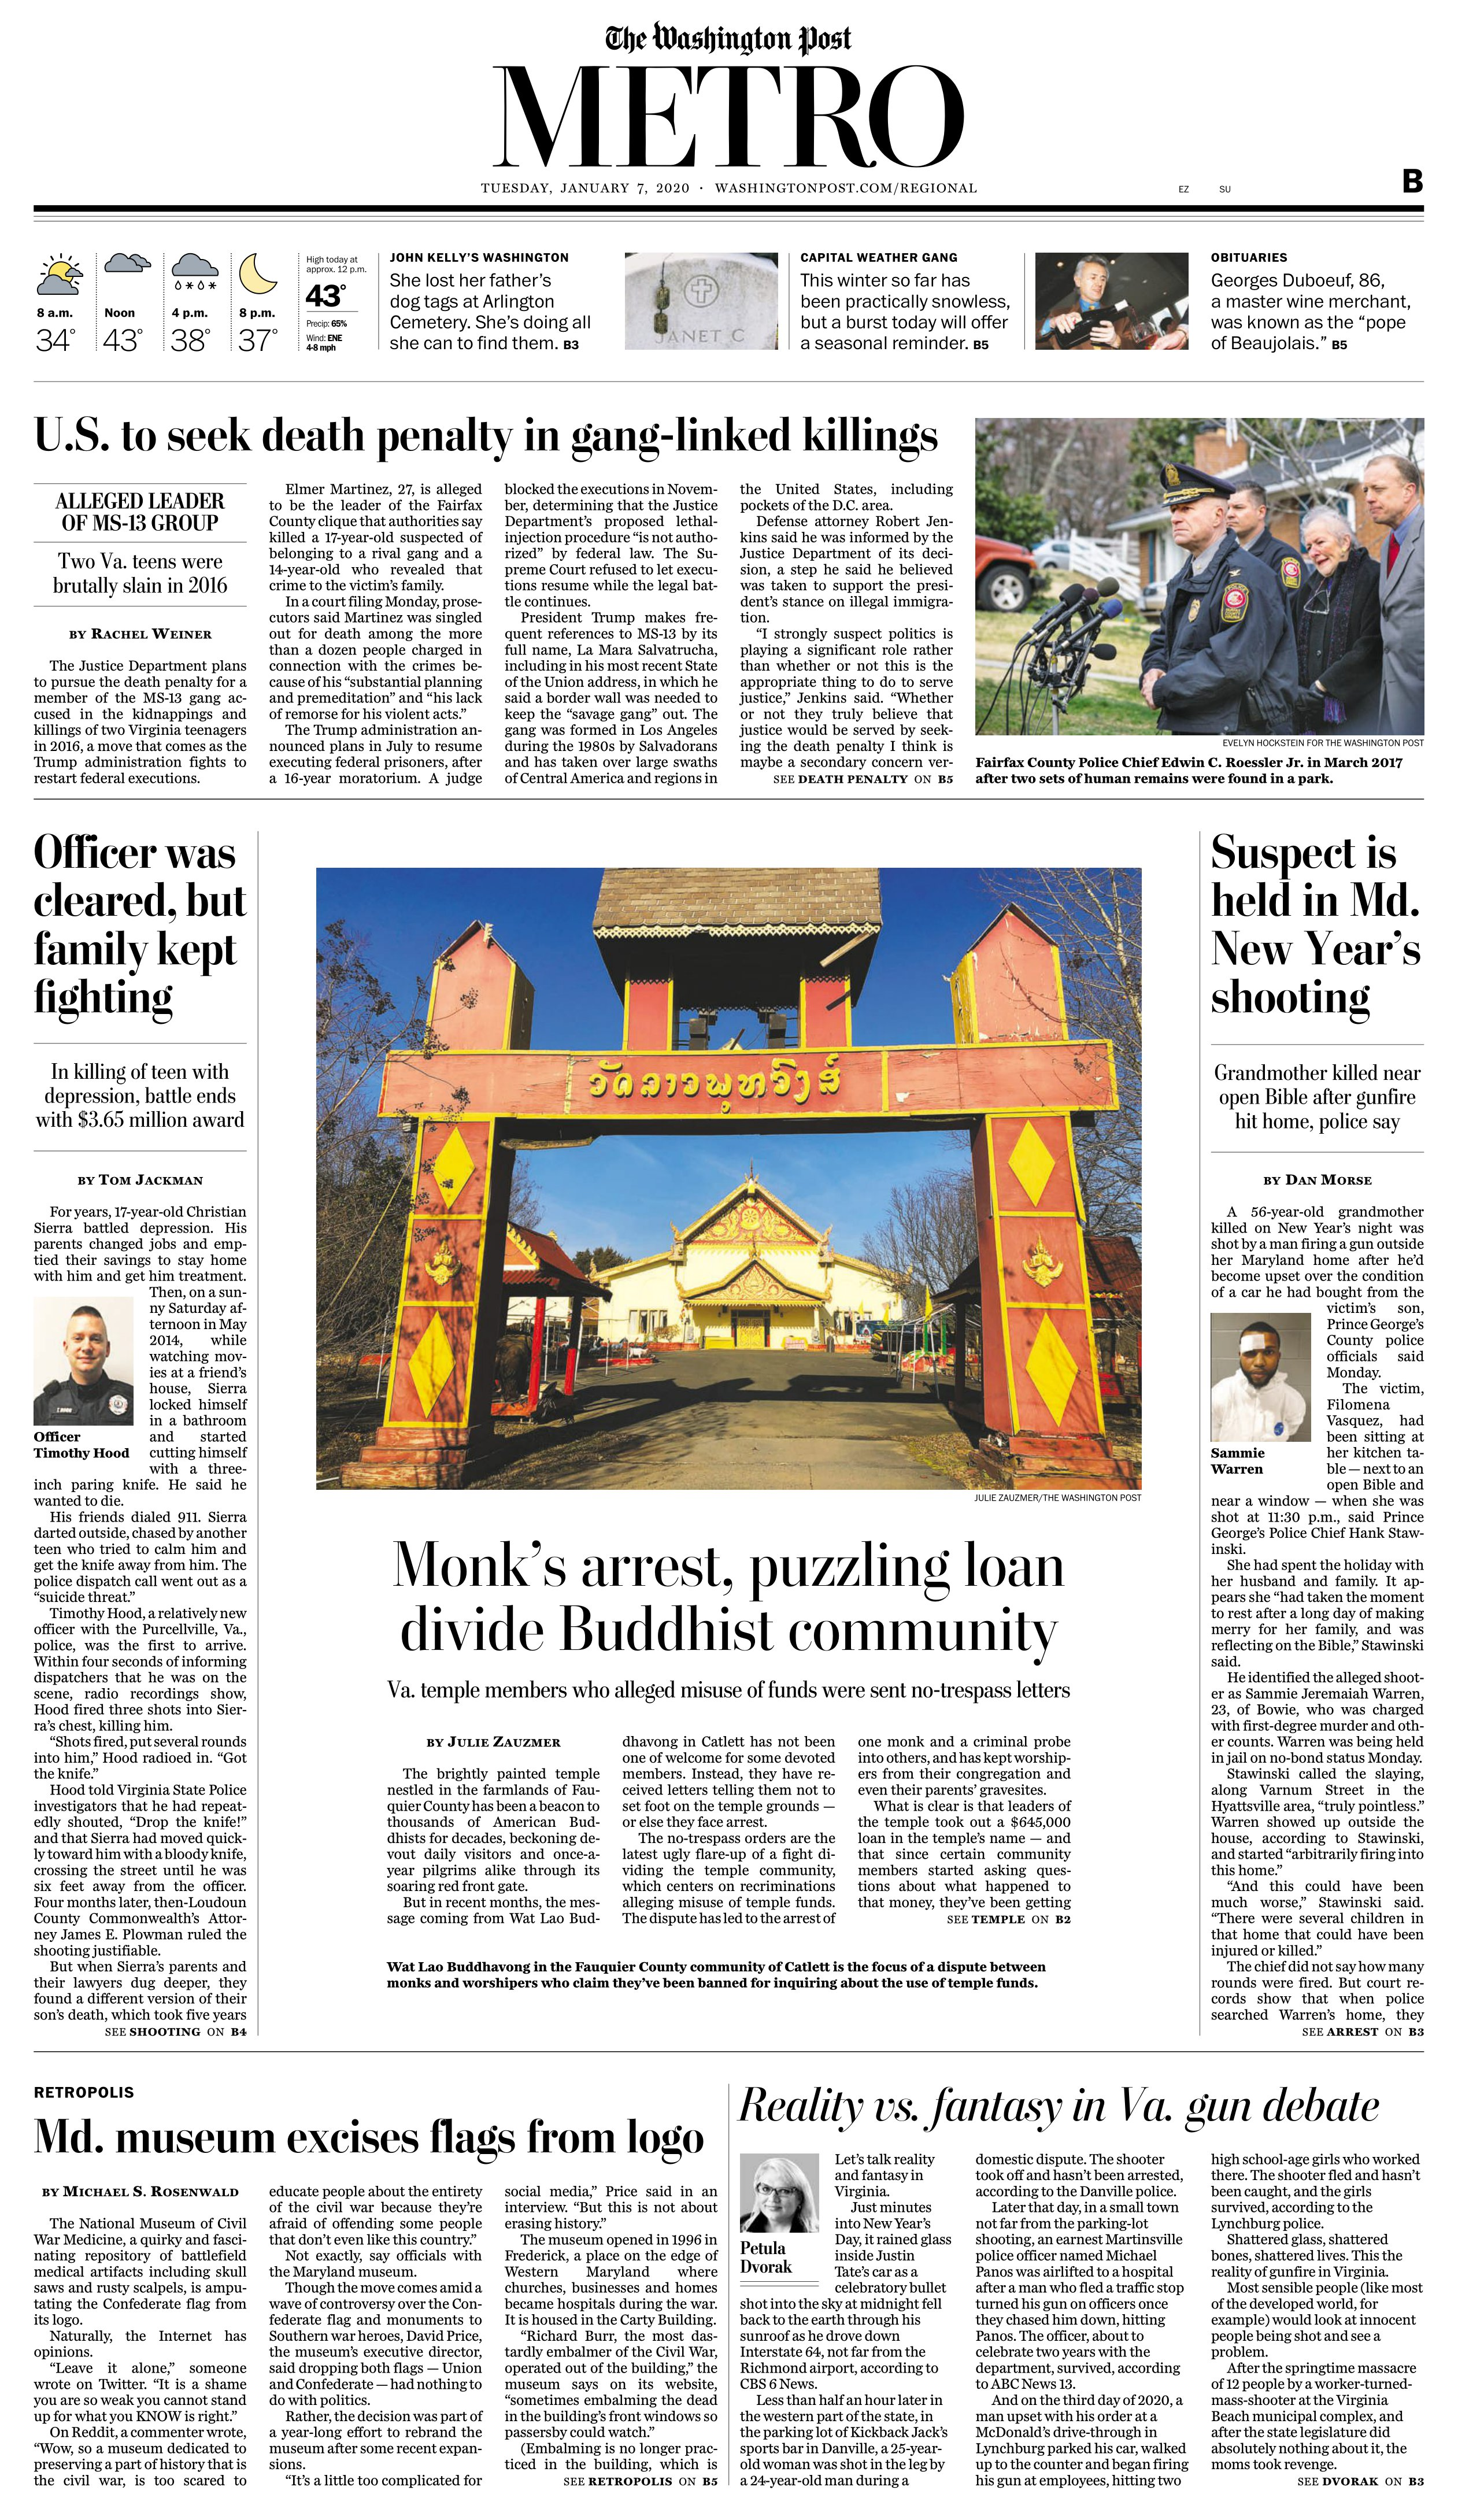
Language: en